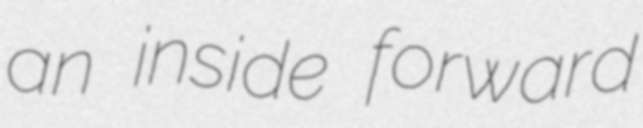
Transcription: an inside forward